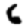
Digit: 6